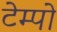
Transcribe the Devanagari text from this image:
टेम्‍पो